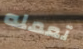
تعمله